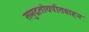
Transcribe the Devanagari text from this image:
समुद्रतोयपीतवाहन